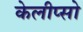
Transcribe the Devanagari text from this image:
केलीप्सो